Indian journal of veterinary science and animal husbandry - Volume 14,
Year: 1944
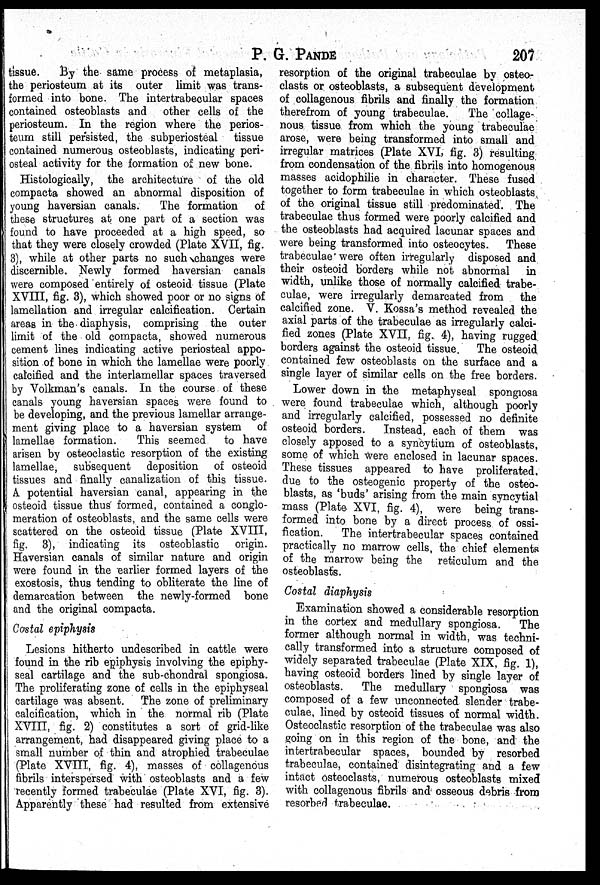
P. G.
PANDE
207
tissue. By the same process of metaplasia,
the periosteum at its outer limit was trans-
formed into bone. The intertrabecular spaces
contained osteoblasts and other cells of the
periosteum. In the region where the perios-
teum still persisted, the subperiosteal tissue
contained numerous osteoblasts, indicating peri-
osteal activity for the formation of new bone.
Histologically, the architecture of the old
compacta showed an abnormal disposition of
young haversian canals.
The formation of
these structures at one part of a section was
found to have proceeded at a high speed, so
that they were closely crowded (Plate XVII, fig.
3), while at other parts no such changes were
discernible. Newly formed haversian canals
were composed entirely of osteoid tissue (Plate
XVIII, fig. 3), which showed poor or no signs of
lamellation and irregular calcification. Certain
areas in the diaphysis, comprising the outer
limit of the old compacta, showed numerous
cement lines indicating active periosteal appo-
sition of bone in which the lamellae were poorly
calcified and the interlamellar spaces traversed
by Volkman's canals. In the course of these
canals young haversian spaces were found to
be developing, and the previous lamellar arrange-
ment giving place to a haversian system of
lamellae formation.
This seemed to have
arisen by osteoclastic resorption of the existing
lamellae, subsequent deposition of osteoid
tissues and finally canalization of this tissue.
A potential haversian canal, appearing in the
osteoid tissue thus formed, contained a conglo-
meration of osteoblasts, and the same cells were
scattered on the osteoid tissue (Plate XVIII,
fig. 3), indicating its osteoblastic origin.
Haversian canals of similar nature and origin
were found in the earlier formed layers of the
exostosis, thus tending to obliterate the line of
demarcation between the newly-formed bone
and the original compacta.
Costal epiphysis
Lesions hitherto undescribed in cattle were
found in the rib epiphysis involving the epiphy-
seal cartilage and the sub-chondral spongiosa.
The proliferating zone of cells in the epiphyseal
cartilage was absent. The zone of preliminary
calcification, which in the normal rib (Plate
XVIII, fig. 2) constitutes a sort of grid-like
arrangement, had disappeared giving place to a
small number of thin and atrophied trabeculae
(Plate XVIII, fig. 4), masses of collagenous
fibrils interspersed with osteoblasts and a few
recently formed trabeculae (Plate XVI, fig. 3).
Apparently these had resulted from extensive
resorption of the original trabeculae by osteo-
clasts or osteoblasts, a subsequent development
of collagenous fibrils and finally the formation
therefrom of young trabeculae.
The collage-
nous tissue from which the young trabeculae
arose, were being transformed into small and
irregular matrices (Plate XVI, fig. 3) resulting
from condensation of the fibrils into homogenous
masses acidophilie in character. These fused
together to form trabeculae in which osteoblasts
of the original tissue still predominated. The
trabeculae thus formed were poorly calcified and
the osteoblasts had acquired lacunar spaces and
were being transformed into osteocytes. These
trabeculae were often irregularly disposed and
their osteoid borders while not abnormal in
width, unlike those of normally calcified trabe-
culae, were irregularly demarcated from the
calcified zone. V. Kossa's method revealed the
axial parts of the trabeculae as irregularly calci-
fied zones (Plate XVII, fig. 4), having rugged
borders against the osteoid tissue. The osteoid
contained few osteoblasts on the surface and a
single layer of similar cells on the free borders.
Lower down in the metaphyseal spongiosa
were found trabeculae which, although poorly
and irregularly calcified, possessed no definite
osteoid borders. Instead, each of them was
closely apposed to a syncytium of osteoblasts,
some of which were enclosed in lacunar spaces.
These tissues appeared to have proliferated,
due to the osteogenic property of the osteo-
blasts, as 'buds' arising from the main syncytial
mass (Plate XVI, fig. 4), were being trans-
formed into bone by a direct process of ossi-
fication. The intertrabecular spaces contained
practically no marrow cells, the chief elements
of the marrow being the reticulum and the
osteoblasts.
Costal diaphysis
Examination showed a considerable resorption
in the cortex and medullary spongiosa. The
former although normal in width, was techni-
cally transformed into a structure composed of
widely separated trabeculae (Plate XIX, fig. 1),
having osteoid borders lined by single layer of
osteoblasts. The medullary spongiosa was
composed of a few unconnected slender trabe-
culae, lined by osteoid tissues of normal width.
Osteoclastic resorption of the trabeculae was also
going on in this region of the bone, and the
intertrabecular spaces, bounded by resorbed
trabeculae, contained disintegrating and a few
intact osteoclasts, numerous osteoblasts mixed
with collagenous fibrils and osseous debris from
resorbed trabeculae.